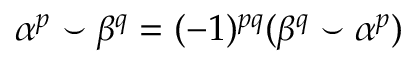
\alpha ^ { p } \smile \beta ^ { q } = ( - 1 ) ^ { p q } ( \beta ^ { q } \smile \alpha ^ { p } )